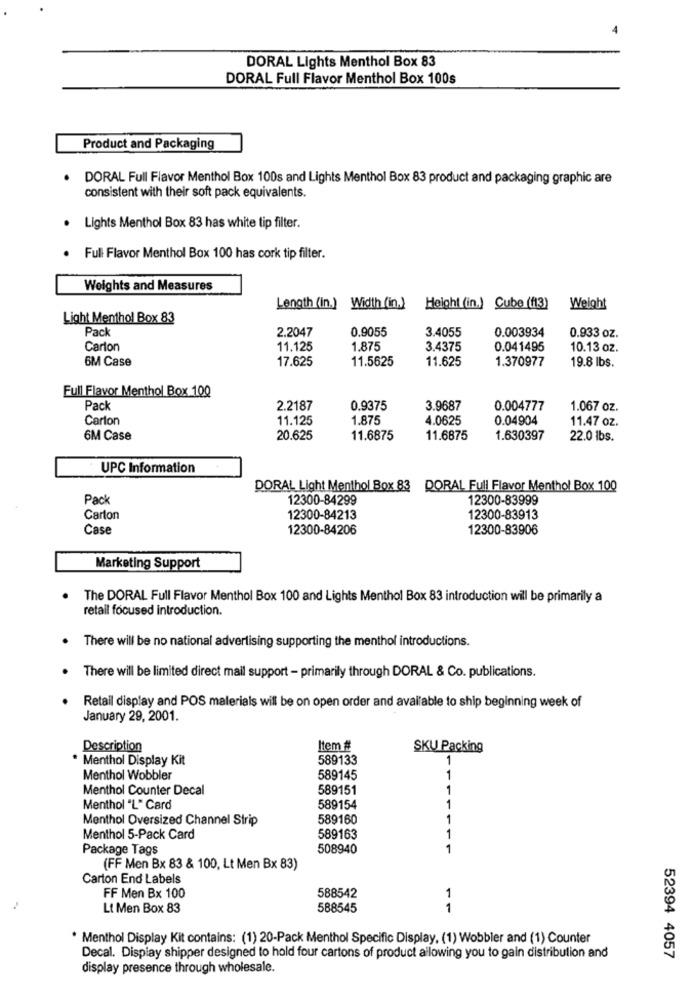
DORAL Lights Menthol Box 83
DORAL Full Flavor Menthol Box 100s
Product and Packaging
. DORAL Full Flavor Menthol Box 100s and Lights Menthol Box 83 product and packaging graphic are
consistent with their soft pack equivalents.
. Lights Menthol Box 83 has white tip filter.
Full Flavor Menthol Box 100 has cork tip filter.
Weights and Measures
Length (in.)
Width (in.)
Height (in.) Cube (f13)
Weight
Light Menthol Box 83
Pack
2.2047
0.9055
3.4055
0.003934
0.933 oz.
Carton
11.125
1.875
3.4375
0.041495
10.13 oz.
6M Case
17.625
11.5625
11.625
1.370977
19.8 lbs.
Full Flavor Menthol Box 100
Pack
2.2187
0.9375
3.9687
0.004777
1.067 oz.
Carton
11.125
1.875
4.0625
0.04904
11.47 oz.
6M Case
20.625
11.6875
11.6875
1.630397
22.0 lbs.
UPC Information
DORAL Light Menthol Box 83 DORAL Full Flavor Menthol Box 100
Pack
12300-84299
12300-83999
Carton
12300-84213
12300-83913
Case
12300-84206
12300-83906
Marketing Support
The DORAL Full Flavor Menthol Box 100 and Lights Menthol Box 83 introduction will be primarily a
retail focused introduction.
There will be no national advertising supporting the menthol introductions.
. There will be limited direct mail support - primarily through DORAL & Co. publications.
Retail display and POS malerials will be on open order and available to ship beginning week of
January 29, 2001.
Description
Item #
SKU Packing
* Menthol Display Kit
589133
1
Menthol Wobbler
589145
1
Menthol Counter Decal
589151
1
Menthol "L" Card
589154
1
Menthol Oversized Channel Strip
589160
1
Menthol 5-Pack Card
589163
1
Package Tags
508940
1
(FF Men Bx 83 & 100, Lt Men Bx 83)
Carton End Labels
FF Men Bx 100
588542
1
-.
Lt Men Box 83
588545
1
* Menthol Display Kit contains: (1) 20-Pack Menthol Specific Display, (1) Wobbler and (1) Counter
Decal. Display shipper designed to hold four cartons of product allowing you to gain distribution and
52394 4057
display presence through wholesale.